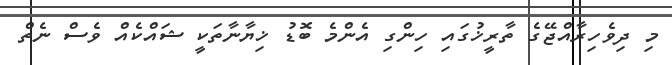
މި ދިވެހިރާއްޖޭގެ ތާރީޚުގައި ހިންގި އެންމެ ބޮޑު ޚިޔާނާތަކީ ޝައްކެއް ވެސް ނެތް